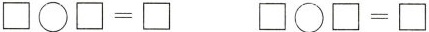
$$\square \bigcirc \square = \square $$$$\square \bigcirc \square = \square $$